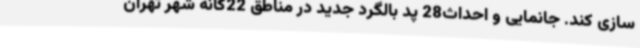
سازی کند. جانمایی و احداث28 پد بالگرد جدید در مناطق 22گانه شهر تهران